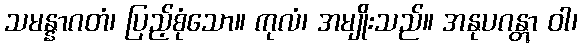
သမန္နာဂတံ၊ ပြည့်စုံသော။ ကုလံ၊ အမျိုးသည်။ အနုပဂန္တွာ ဝါ၊